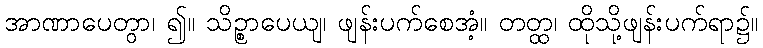
အာဏာပေတွာ၊ ၍။ သိဉ္စာပေယျ၊ ဖျန်းပက်စေအံ့။ တတ္ထ၊ ထိုသို့ဖျန်းပက်ရာ၌။